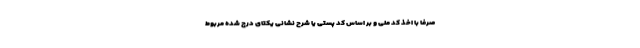
صرفا با اخذ کد ملی و بر اساس کد پستی یا شرح نشانی یکتای درج شده مربوط